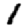
Digit: 1